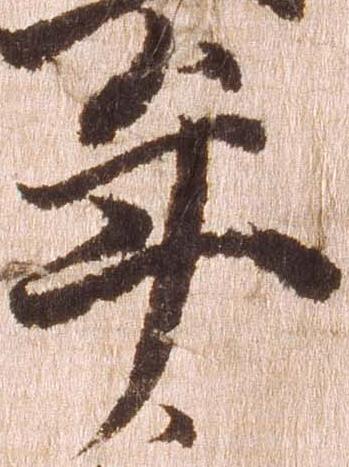
年